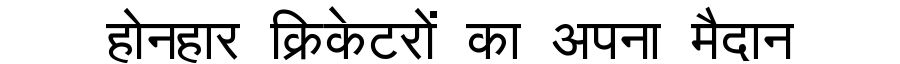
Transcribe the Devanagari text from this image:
होनहार क्रिकेटरों का अपना मैदान